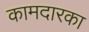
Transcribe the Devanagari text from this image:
कामदारका